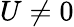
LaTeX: U\neq 0